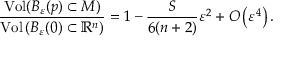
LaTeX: { \frac { \operatorname { V o l } ( B _ { \varepsilon } ( p ) \subset M ) } { \operatorname { V o l } \left( B _ { \varepsilon } ( 0 ) \subset { \mathbb { R } } ^ { n } \right) } } = 1 - { \frac { S } { 6 ( n + 2 ) } } \varepsilon ^ { 2 } + O \left( \varepsilon ^ { 4 } \right) .